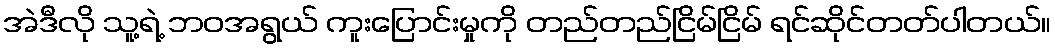
အဲဒီလို သူ့ရဲ့ ဘဝအရွယ် ကူးပြောင်းမှုကို တည်တည်ငြိမ်ငြိမ် ရင်ဆိုင်တတ်ပါတယ်။